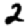
Digit: 2